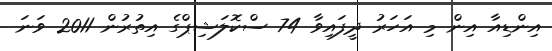
އިންޑިއާ އިން މި އަހަރު ދީފައިވާ 74 ސްކޮލަޝިޕްގެ އިތުރުން 2011 ވަނަ